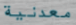
معدنية